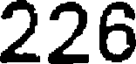
226